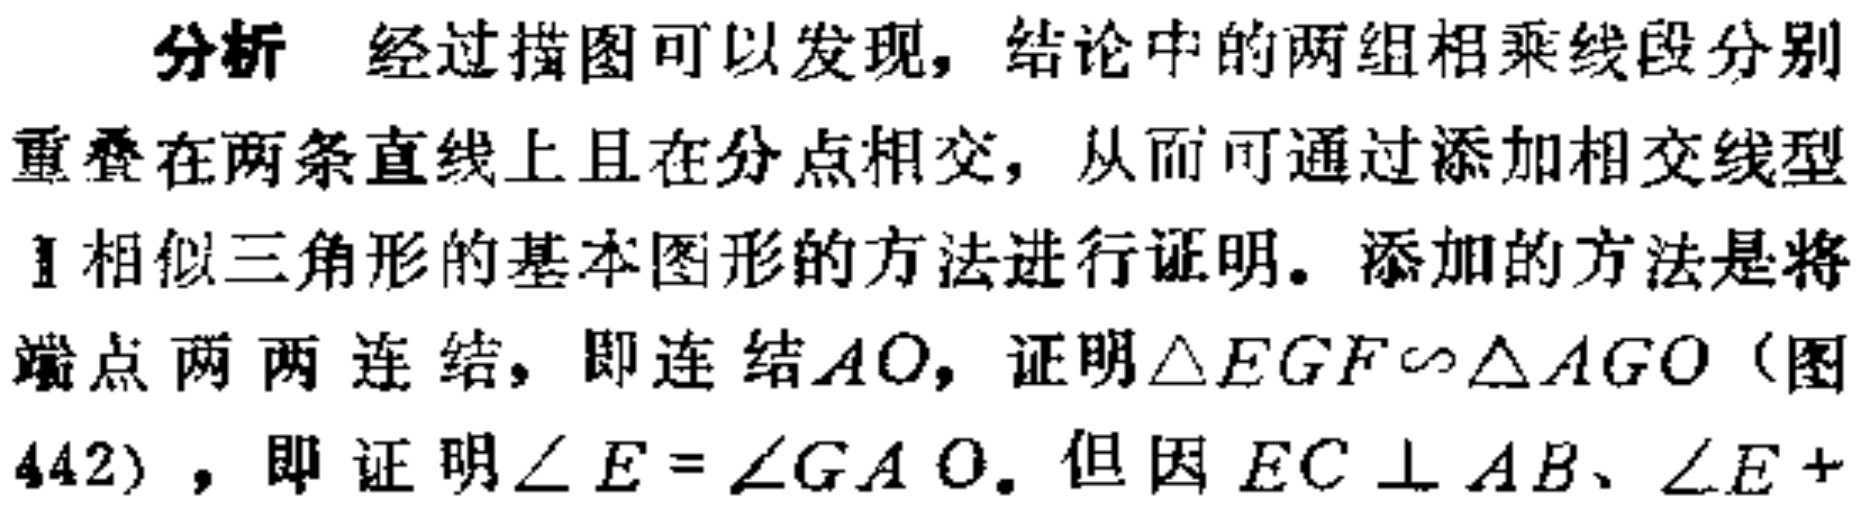
分析 经过描图可以发现，结论中的两组相乘线段分别重叠在两条直线上且在分点相交，从而可通过添加相交线型相似三角形的基本图形的方法进行证明。添加的方法是将端点两两连结，即连结\(AO\)，证明\(\triangle EGF\sim\triangle AGO\)（图442），即证明\(\angle E = \angle GAO\)。但因\(EC\perp AB\)、\(\angle E +\)